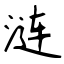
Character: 涟